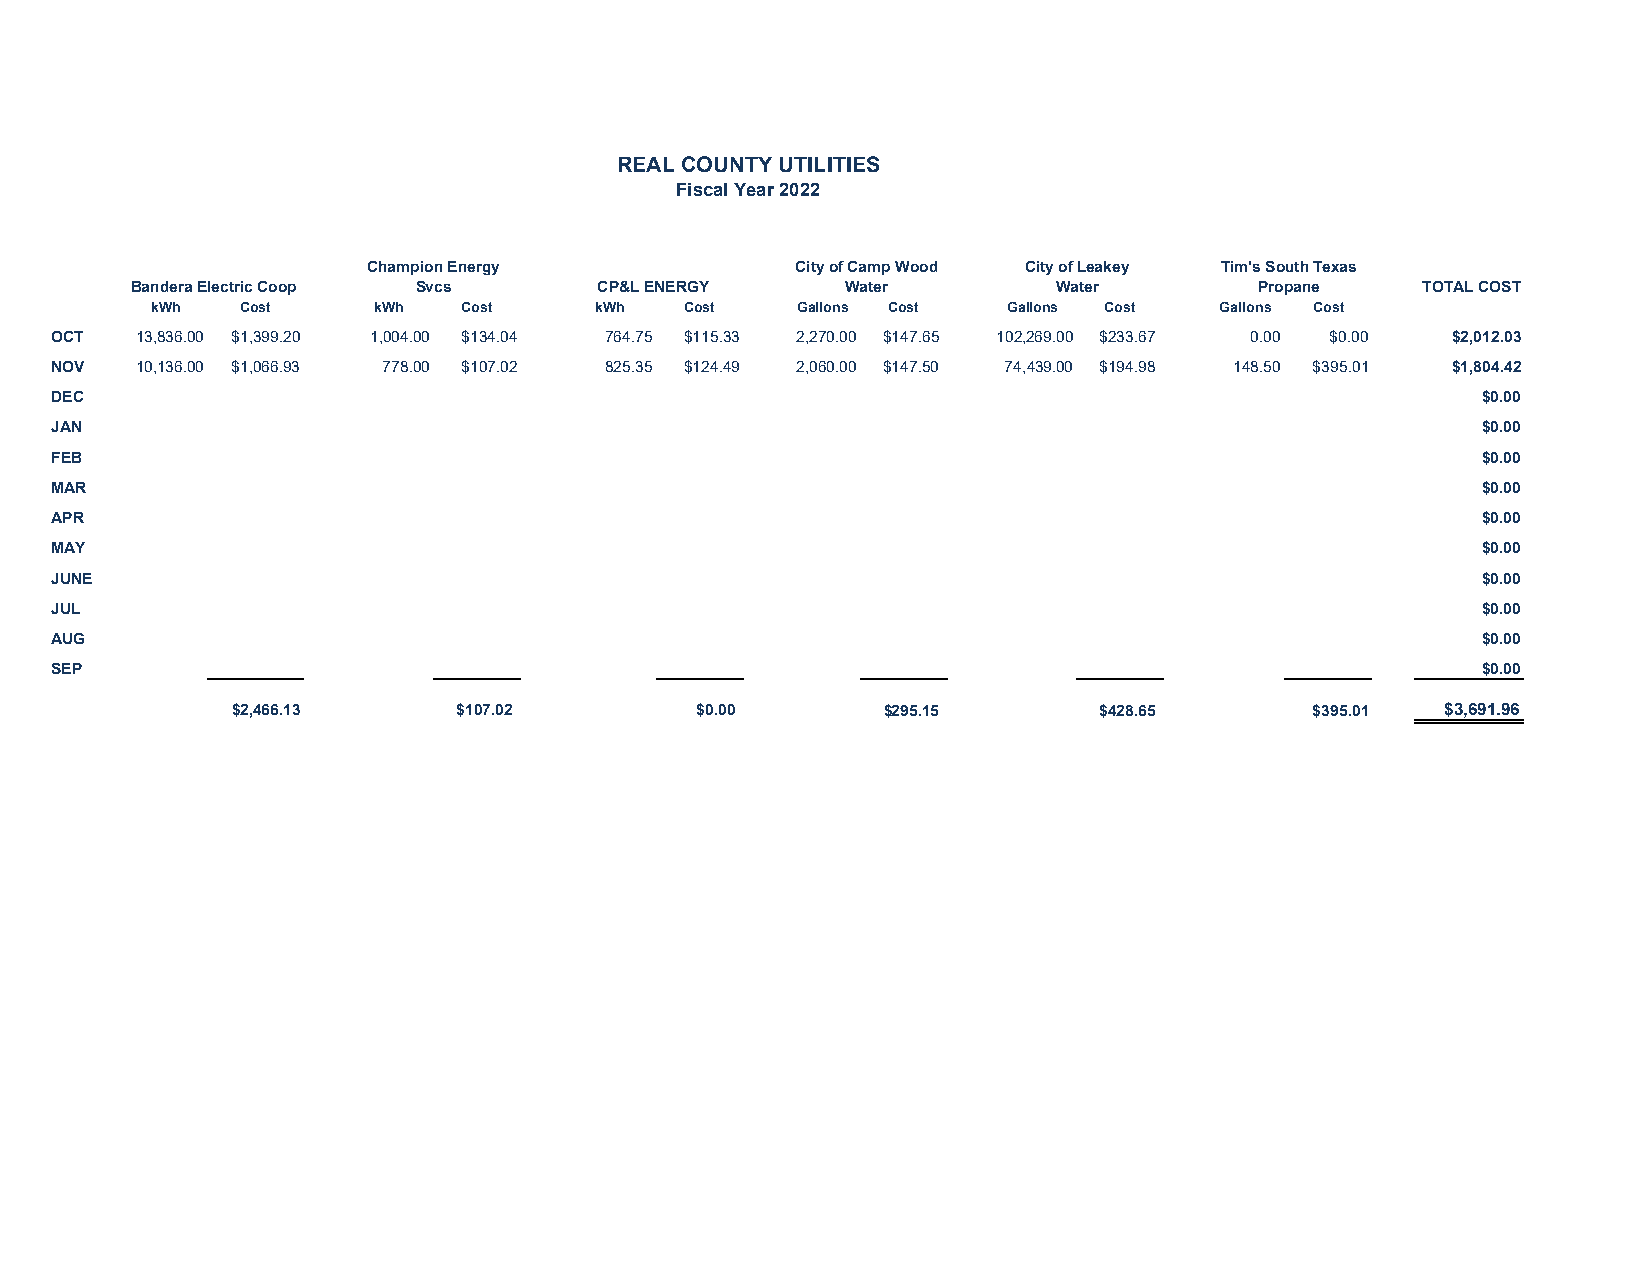
REAL COUNTY UTILITIES
 Fiscal Year 2022
 Champion Energy              City of Camp Wood City of Leakey Tim's South Texas
 Bandera Electric Coop Svcs     CP&L ENERGY     Water         Water        Propane    TOTAL COST
 kWh   Cost     kWh   Cost    kWh   Cost    Gallons Cost  Gallons Cost  Gallons Cost
 OCT   13,836.00 $1,399.20 1,004.00 $134.04 764.75 $115.33 2,270.00 $147.65 102,269.00 $233.67 0.00 $0.00 $2,012.03
 NOV   10,136.00 $1,066.93 778.00 $107.02 825.35 $124.49 2,060.00 $147.50 74,439.00 $194.98 148.50 $395.01 $1,804.42
 DEC                                                                                            $0.00
 JAN                                                                                            $0.00
 FEB                                                                                            $0.00
 MAR                                                                                            $0.00
 APR                                                                                            $0.00
 MAY                                                                                            $0.00
 JUNE                                                                                           $0.00
 JUL                                                                                            $0.00
 AUG                                                                                            $0.00
 SEP                                                                                            $0.00
 $2,466.13      $107.02         $0.00       $295.15        $428.65       $395.01  $3,691.96